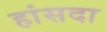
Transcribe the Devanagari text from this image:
हांसदा